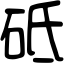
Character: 砥